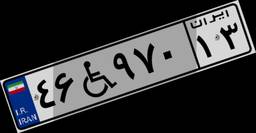
۴۶W۹۷۰۱۳